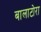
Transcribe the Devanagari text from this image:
बालाटोरा